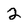
Character: 2